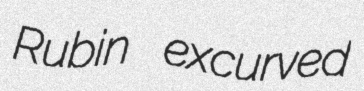
Rubin excurved